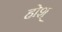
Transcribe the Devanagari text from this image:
होश्